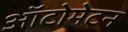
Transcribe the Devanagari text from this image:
ऑटोमेटन